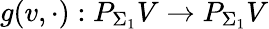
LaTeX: g(v,\cdot):P_{\Sigma_{1}}V\to P_{\Sigma_{1}}V